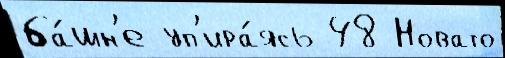
ба́шн'е уп'ира́ясь 48 Новато